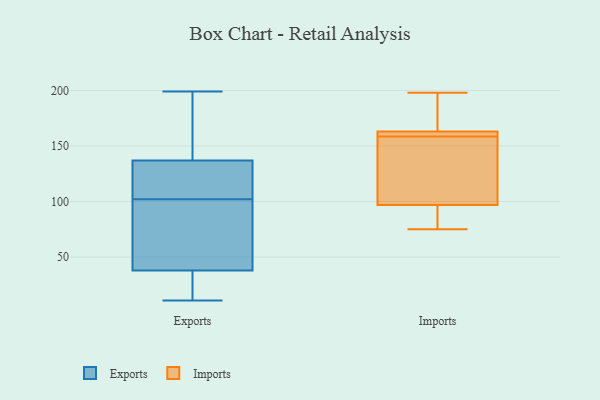
{"axis": {"x": "Page Views", "y": "Value"}, "legend": ["Exports", "Imports"], "data": [{"x": "", "y": 27, "type": "Exports"}, {"x": "", "y": 139, "type": "Exports"}, {"x": "", "y": 189, "type": "Exports"}, {"x": "", "y": 31, "type": "Exports"}, {"x": "", "y": 85, "type": "Exports"}, {"x": "", "y": 44, "type": "Exports"}, {"x": "", "y": 83, "type": "Exports"}, {"x": "", "y": 93, "type": "Exports"}, {"x": "", "y": 131, "type": "Exports"}, {"x": "", "y": 36, "type": "Exports"}, {"x": "", "y": 129, "type": "Exports"}, {"x": "", "y": 104, "type": "Exports"}, {"x": "", "y": 11, "type": "Exports"}, {"x": "", "y": 123, "type": "Exports"}, {"x": "", "y": 33, "type": "Exports"}, {"x": "", "y": 102, "type": "Exports"}, {"x": "", "y": 199, "type": "Exports"}, {"x": "", "y": 141, "type": "Exports"}, {"x": "", "y": 168, "type": "Exports"}, {"x": "", "y": 116, "type": "Imports"}, {"x": "", "y": 91, "type": "Imports"}, {"x": "", "y": 75, "type": "Imports"}, {"x": "", "y": 170, "type": "Imports"}, {"x": "", "y": 174, "type": "Imports"}, {"x": "", "y": 198, "type": "Imports"}, {"x": "", "y": 162, "type": "Imports"}, {"x": "", "y": 163, "type": "Imports"}, {"x": "", "y": 159, "type": "Imports"}, {"x": "", "y": 108, "type": "Imports"}, {"x": "", "y": 97, "type": "Imports"}, {"x": "", "y": 158, "type": "Imports"}, {"x": "", "y": 75, "type": "Imports"}, {"x": "", "y": 159, "type": "Imports"}]}